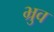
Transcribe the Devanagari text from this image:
भ्रुव